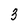
Character: 3